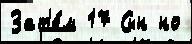
Зат'е́м 17 Сын но